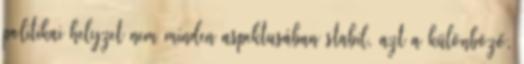
politikai helyzet nem minden aspektusában stabil, azt a különböző,